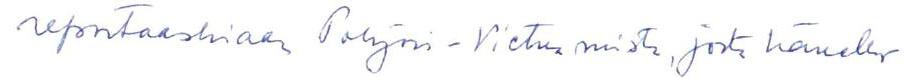
reportaashiaan Pohjois-Vietnamista, josta hänellä